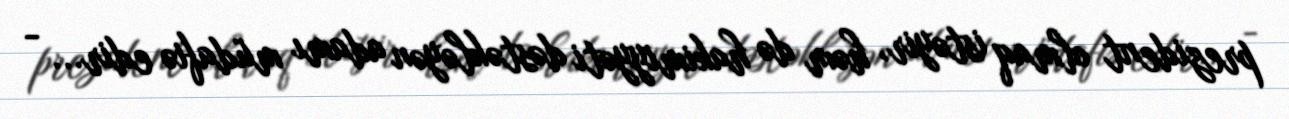
prezident olmaq istəyir, həm də hakimiyyəti dəstəkləyən adamı müdafiə edir... -